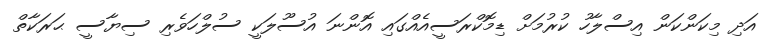
އަދި މިކަންކަން އިސްލާހު ކުރުމަށް ޑިމޮކްރަސީއެއްގައި އޮންނަ އުސޫލަކީ ސުލްހަވެރި ސިޔާސީ ޙަރަކާތް